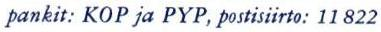
pankit: KOP ja PYP, postisiirto: 11 822